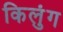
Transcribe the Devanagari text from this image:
किलुंग